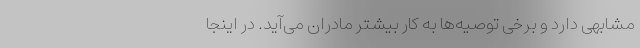
مشابهی دارد و برخی توصیه‌ها به کار بیشتر مادران می‌آید. در اینجا